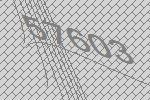
57603